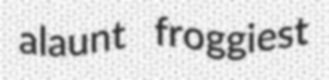
alaunt froggiest